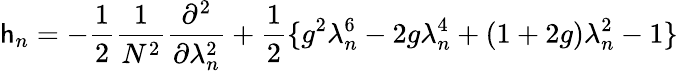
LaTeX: \mathsf{h}_{n}=-\frac{{1}}{{2}}\frac{{1}}{{N^{2}}}\frac{{\partial^{2}}}{{\partial\lambda_{n}^{2}}}+\frac{{1}}{{2}}\{ g^{2}\lambda_{n}^{6}-2g\lambda_{n}^{4}+(1+2g)\lambda_{n}^{2}-1\}